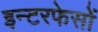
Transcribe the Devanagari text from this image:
इन्टरफेसों